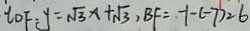
t _ { D F } : y = \sqrt { 3 } x + \sqrt { 3 } , B F = - 1 - ( - 7 ) = 6